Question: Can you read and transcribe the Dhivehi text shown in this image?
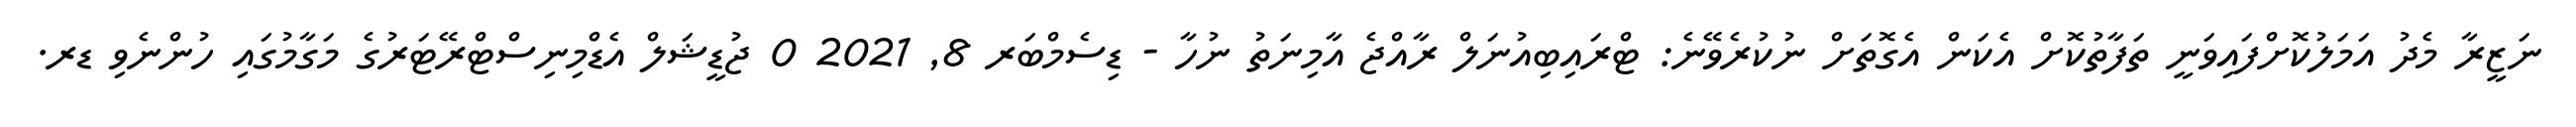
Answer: ނަޒީރާ މެދު އަމަލުކޮށްފައިވަނީ ތަފާތުކޮށް އެކަން އެގޮތަށް ނުކުރެވޭނެ: ޓްރައިބިއުނަލް ރާއްޖެ އާމިނަތު ނުހާ - ޑިސެމްބަރ 8, 2021 0 ޖުޑީޝަލް އެޑްމިނިސްޓްރޭޓަރުގެ މަގާމުގައި ހުންނެވި ޑރ.